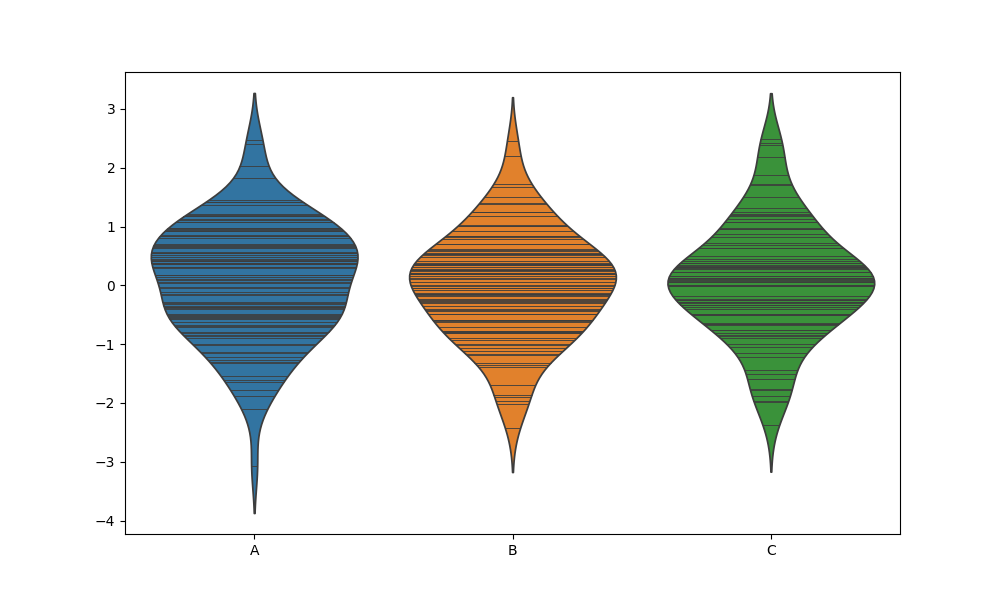
python, seaborn, violinplot, scale='width', split='False', inner='stick', fill='True'